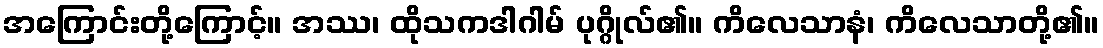
အကြောင်းတို့ကြောင့်။ အဿ၊ ထိုသကဒါဂါမ် ပုဂ္ဂိုလ်၏။ ကိလေသာနံ၊ ကိလေသာတို့၏။